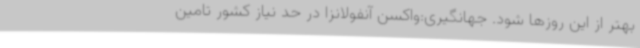
بهتر از این روزها شود. جهانگیری:واکسن آنفولانزا در حد نیاز کشور تامین